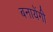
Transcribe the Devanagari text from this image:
बनायेंगी